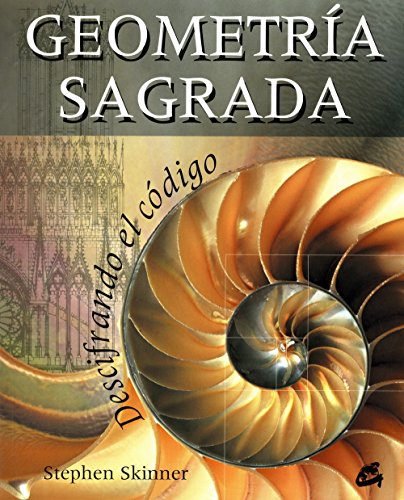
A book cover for Geometria sagrada/ Sacred Geometry: Descifrando El Codigo (Spanish Edition); Stephen Skinner; Science & Math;